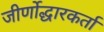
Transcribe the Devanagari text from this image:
जीर्णोद्धारकर्ता